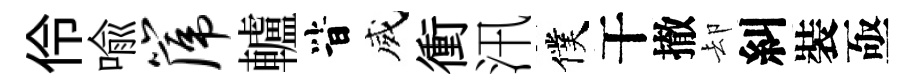
伶喩篪轤𣅜威衝汛僕干撤却糾裝亟